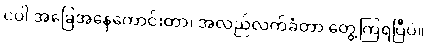
ငပါ အခြေအနေကောင်းတာ၊ အလည်လက်ခံတာ တွေ့ကြရပြီပဲ။